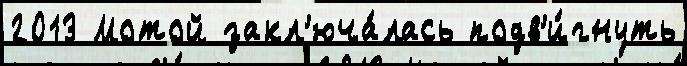
2013 Мотой закл'юча́лась подв'и́гнуть